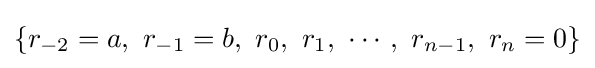
\{r_{-2}=a,\ r_{-1}=b,\ r_{0},\ r_{1},\ \cdots ,\ r_{n-1},\ r_{n}=0\}